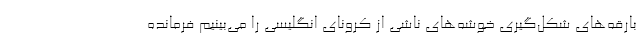
بارقه‌های شکل‌گیری خوشه‌های ناشی از کرونای انگلیسی را می‌بینیم فرمانده